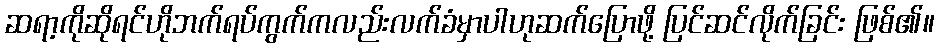
ဆရာ့ကိုဆိုရင်ဟိုဘက်ရပ်ကွက်ကလည်းလက်ခံမှာပါဟုဆက်ပြောဖို့ ပြင်ဆင်လိုက်ခြင်း ဖြစ်၏။